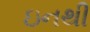
ઇનથી